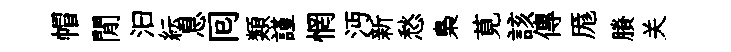
帽閒汩紜息囘類謹惘沔新愁梟莧該傳厖賸关